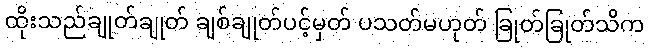
ထိုးသည်ချုတ်ချုတ် ချစ်ချုတ်ပင့်မှတ် ပသတ်မဟုတ် ခြုတ်ခြုတ်သိက